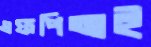
এফপিআই